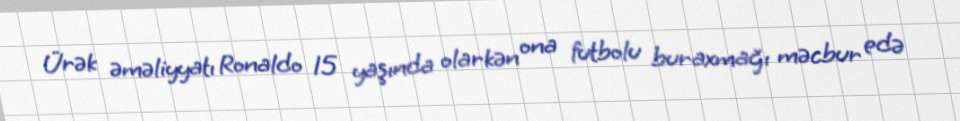
Ürək əməliyyatı Ronaldo 15 yaşında olarkən ona futbolu buraxmağı məcbur edə